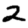
Digit: 2